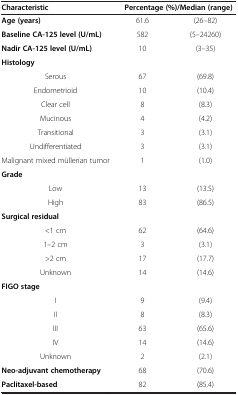
<table><thead><tr><td><b>Characteristic</b></td><td colspan="2"><b>Percentage (%)/Median (range)</b></td></tr></thead><tbody><tr><td><b>Age (years)</b></td><td>61.6</td><td>(26–82)</td></tr><tr><td><b>Baseline CA-125 level (U/mL)</b></td><td>582</td><td>(5–24260)</td></tr><tr><td><b>Nadir CA-125 level (U/mL)</b></td><td>10</td><td>(3–35)</td></tr><tr><td colspan="3"><b>Histology</b></td></tr><tr><td>Serous</td><td>67</td><td>(69.8)</td></tr><tr><td>Endometrioid</td><td>10</td><td>(10.4)</td></tr><tr><td>Clear cell</td><td>8</td><td>(8.3)</td></tr><tr><td>Mucinous</td><td>4</td><td>(4.2)</td></tr><tr><td>Transitional</td><td>3</td><td>(3.1)</td></tr><tr><td>Undifferentiated</td><td>3</td><td>(3.1)</td></tr><tr><td>Malignant mixed müllerian tumor</td><td>1</td><td>(1.0)</td></tr><tr><td colspan="3"><b>Grade</b></td></tr><tr><td>Low</td><td>13</td><td>(13.5)</td></tr><tr><td>High</td><td>83</td><td>(86.5)</td></tr><tr><td colspan="3"><b>Surgical residual</b></td></tr><tr><td>&lt;1 cm</td><td>62</td><td>(64.6)</td></tr><tr><td>1–2 cm</td><td>3</td><td>(3.1)</td></tr><tr><td>&gt;2 cm</td><td>17</td><td>(17.7)</td></tr><tr><td>Unknown</td><td>14</td><td>(14.6)</td></tr><tr><td colspan="3"><b>FIGO stage</b></td></tr><tr><td>I</td><td>9</td><td>(9.4)</td></tr><tr><td>II</td><td>8</td><td>(8.3)</td></tr><tr><td>III</td><td>63</td><td>(65.6)</td></tr><tr><td>IV</td><td>14</td><td>(14.6)</td></tr><tr><td>Unknown</td><td>2</td><td>(2.1)</td></tr><tr><td><b>Neo-adjuvant chemotherapy</b></td><td>68</td><td>(70.6)</td></tr><tr><td><b>Paclitaxel-based</b></td><td>82</td><td>(85.4)</td></tr></tbody></table>